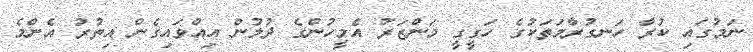
ނަމުގައި ކުރާ ހަނގުރާމަތަކުގެ ހަގީގީ މަންޒަރު އެމީހުންގެ ދުލުން އިއްވައިގެން އިތުރު އެންމެ